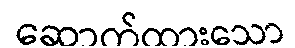
ဆောက်ထားသော